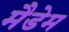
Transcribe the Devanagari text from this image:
मैडेम